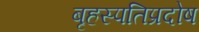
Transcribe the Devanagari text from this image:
बृहस्पतिप्रदोष